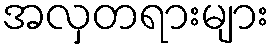
အလှတရားများ